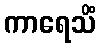
ကာရေသိံ